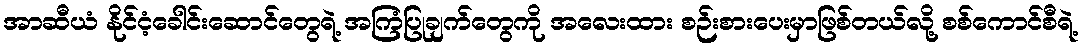
အာဆီယံ နိုင်ငံ့ခေါင်းဆောင်တွေရဲ့ အကြံပြုချက်တွေကို အလေးထား စဉ်းစားပေးမှာဖြစ်တယ်လို့ စစ်ကောင်စီရဲ့